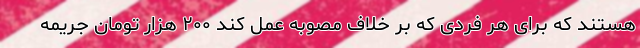
هستند که برای هر فردی که بر خلاف مصوبه عمل کند ۲۰۰ هزار تومان جریمه